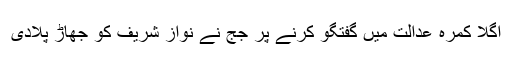
اگلا کمرہ عدالت میں گفتگو کرنے پر جج نے نواز شریف کو جھاڑ پلادی